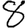
Digit: 8